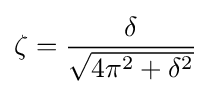
\zeta ={\frac {\delta }{\sqrt {4\pi ^{2}+\delta ^{2}}}}